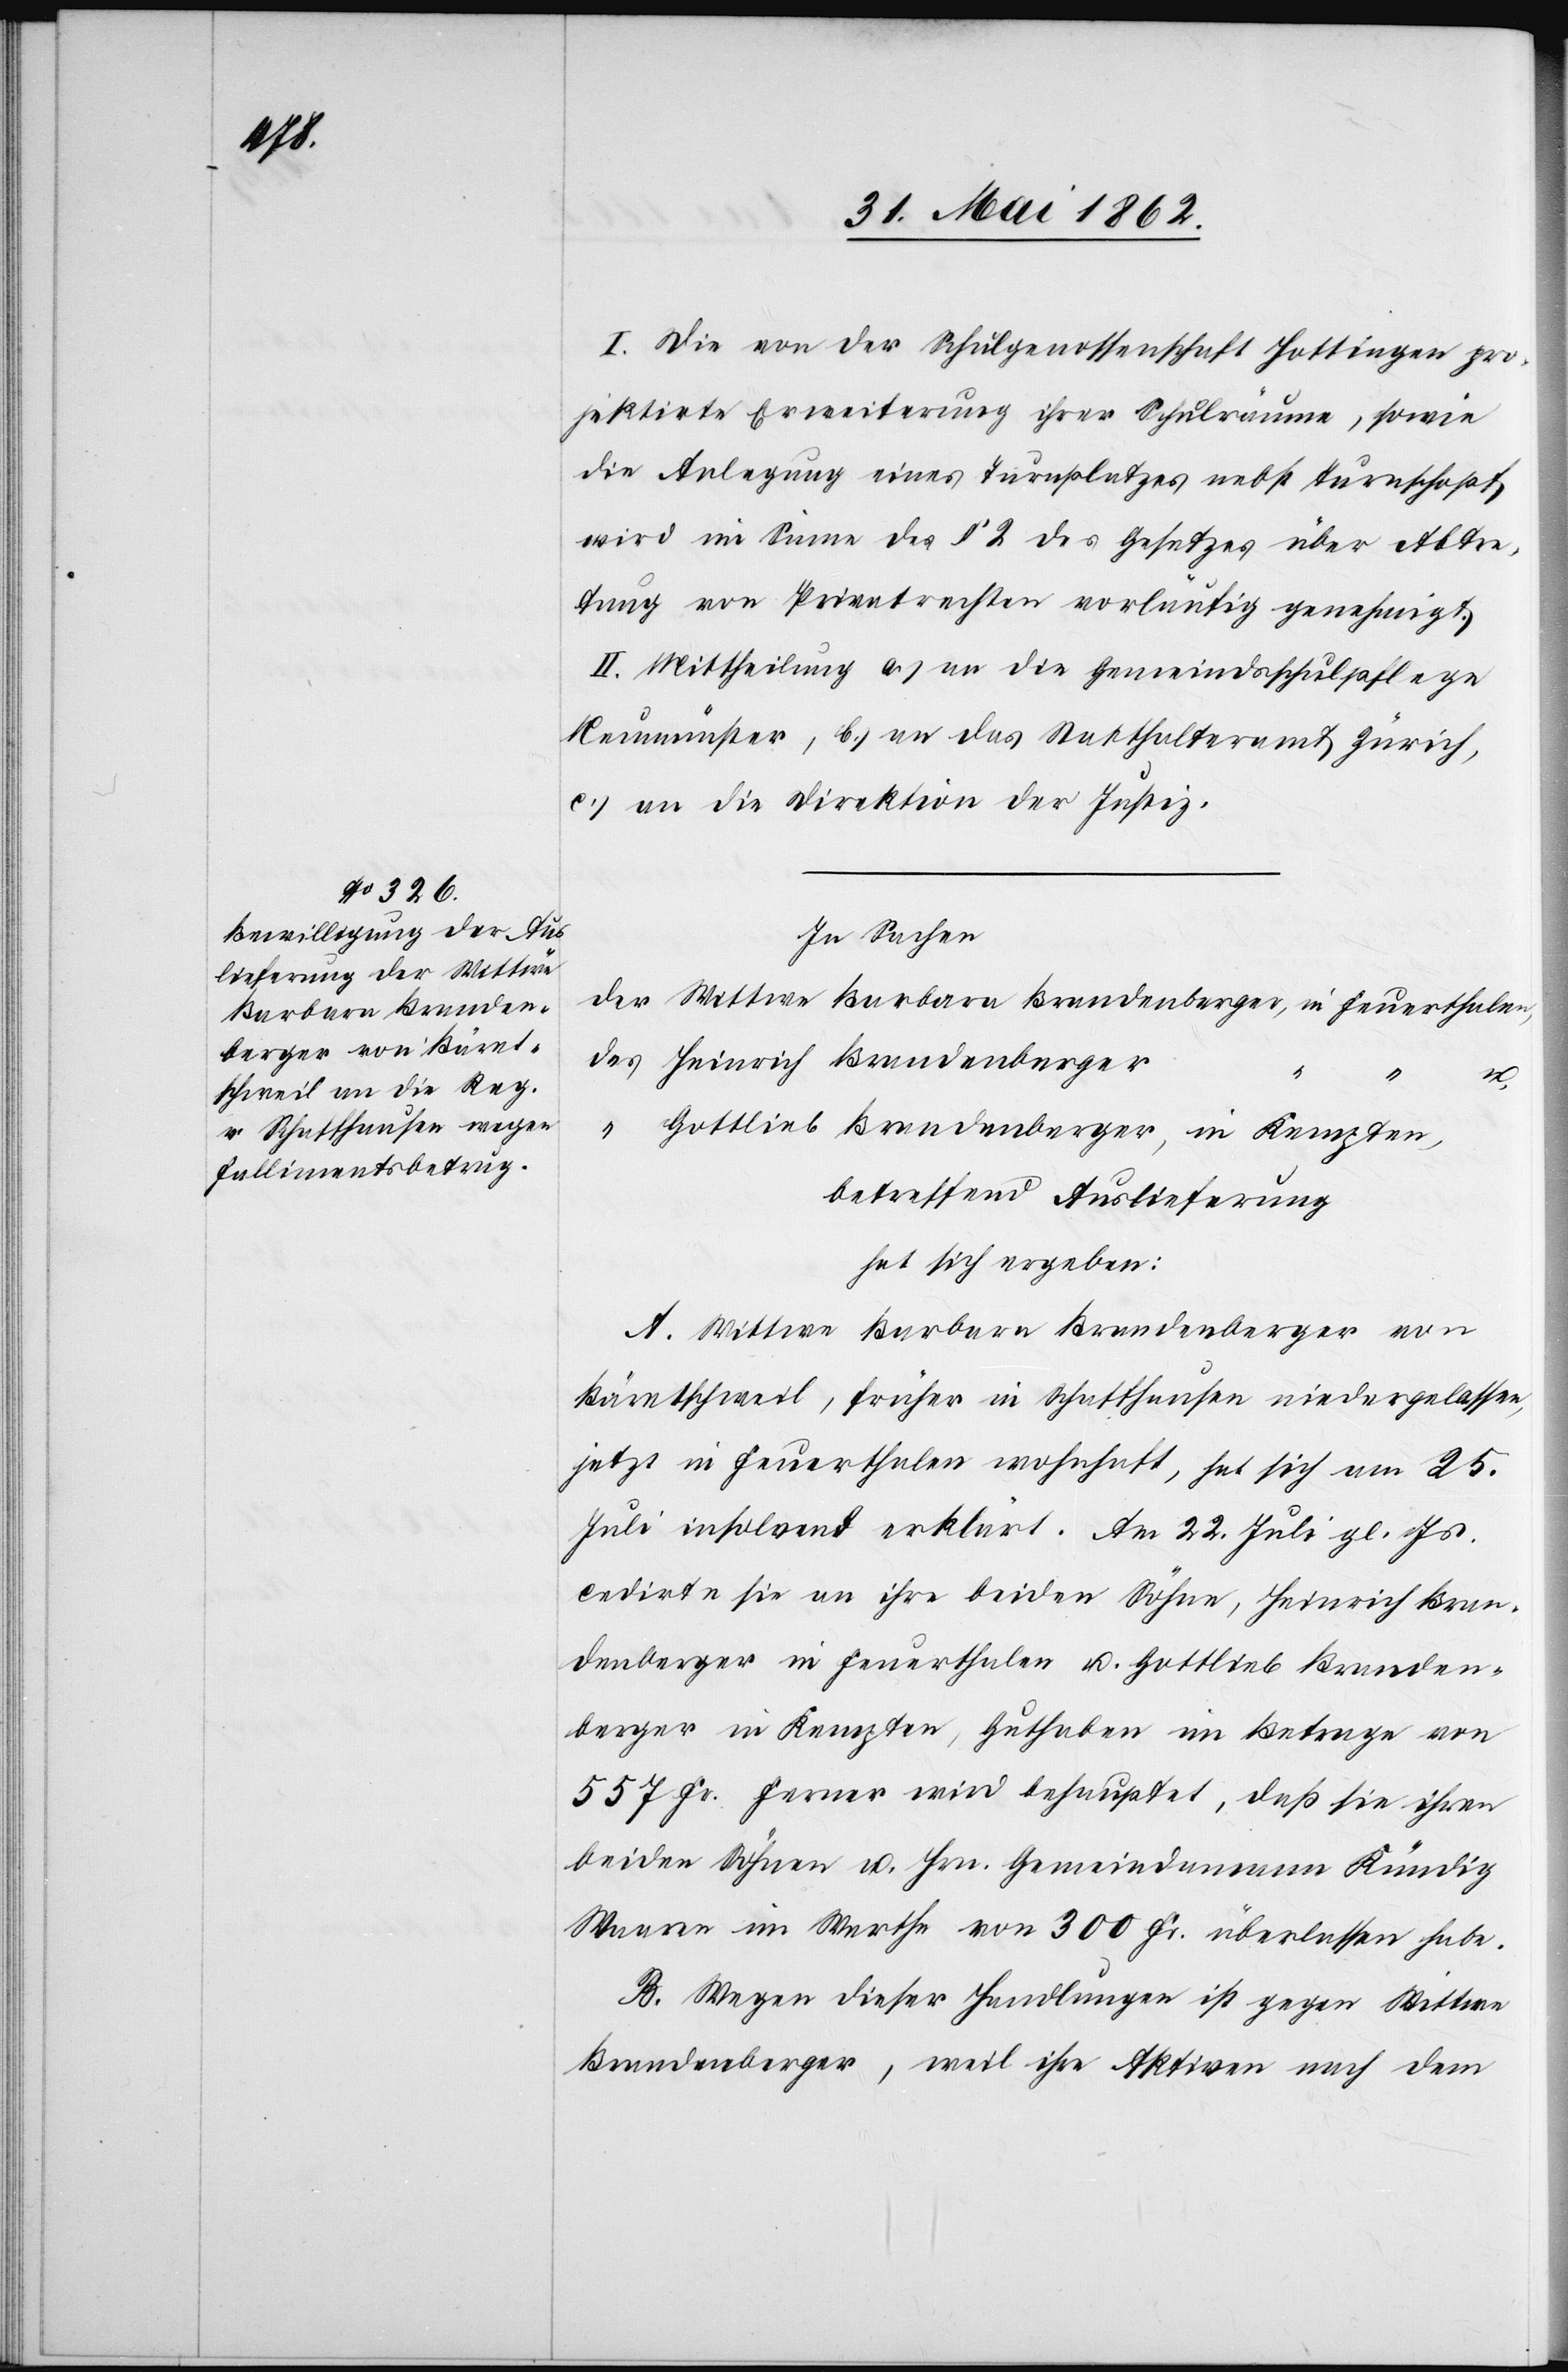
berger,
Barbara Branden¬

I. Die von der Schulgenossenschaft Hottingen pro¬
jektirte Erweiterung ihrer Schulräume, sowie
die Anlegung eines Turnplatzes nebst Turnschopf,
wird im Sinne des § 2 des Gesetzes über Abtre¬
tung von Privatrechten vorläufig genehmigt.
II. Mittheilung a) an die Gemeindsschulpflege
Neumünster, b) an das Statthalteramt Zürich,
c) an die Direktion der Justiz.
In Sachen
Heinrich Brandenberger
“
u.
“
Gottlieb Brandenberger, in Kempten,
betreffend Auslieferung
hat sich ergeben:
A. Wittwe Barbara Brandenberger von
Bäretschweil, früher in Schaffhausen niedergelassen,
jetzt in Feuerthalen wohnhaft, hat sich am 25.
Juli insolvent erklärt. Am 22. Juli gl. Js.
cedirte sie an ihre beiden Söhne, Heinrich Bran¬
denberger in Feuerthalen u. Gottlieb Branden¬
berger in Kempten, Guthaben im Betrage von
557 Fr. Ferner wird behauptet, daß sie ihren
beiden Söhnen u. Hrn. Gemeindammann Kündig
Waaren im Werthe von 300 Fr. überlassen habe.
B. Wegen dieser Handlungen ist gegen Wittwe
Brandenberger, weil ihre Aktiven nach dem